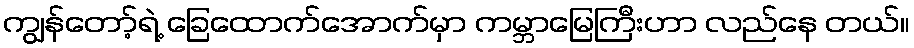
ကျွန်တော့်ရဲ့ ခြေထောက်အောက်မှာ ကမ္ဘာမြေကြီးဟာ လည်နေ တယ်။